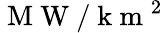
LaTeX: \mathrm{~M~W~}/\mathrm{~k~m~}^{2}